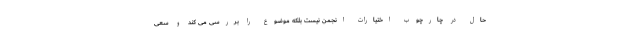
حال در چارچوب اختیارات انجمن نیست بلکه موضوع را بررسی می کند و سعی